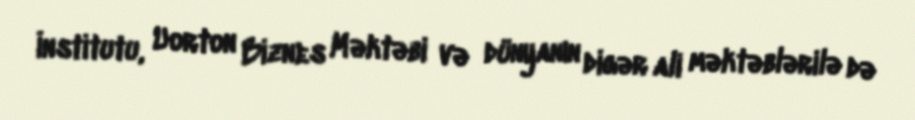
İnstitutu, Uorton Biznes Məktəbi və dünyanın digər ali məktəblərilə də